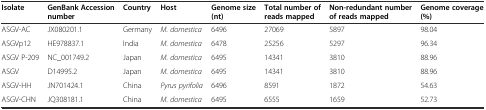
<table><thead><tr><td><b>Isolate</b></td><td><b>GenBank Accession number</b></td><td><b>Country</b></td><td><b>Host</b></td><td><b>Genome size (nt)</b></td><td><b>Total number of reads mapped</b></td><td><b>Non-redundant number of reads mapped</b></td><td><b>Genome coverage (%)</b></td></tr></thead><tbody><tr><td>ASGV-AC</td><td>JX080201.1</td><td>Germany</td><td><i>M. domestica</i></td><td>6496</td><td>27069</td><td>5897</td><td>98.04</td></tr><tr><td>ASGVp12</td><td>HE978837.1</td><td>India</td><td><i>M. domestica</i></td><td>6478</td><td>25256</td><td>5297</td><td>96.34</td></tr><tr><td>ASGV P-209</td><td>NC_001749.2</td><td>Japan</td><td><i>M. domestica</i></td><td>6495</td><td>14341</td><td>3810</td><td>88.96</td></tr><tr><td>ASGV</td><td>D14995.2</td><td>Japan</td><td><i>M. domestica</i></td><td>6495</td><td>14341</td><td>3810</td><td>88.96</td></tr><tr><td>ASGV-HH</td><td>JN701424.1</td><td>China</td><td><i>Pyrus pyrifolia</i></td><td>6496</td><td>8591</td><td>1872</td><td>54.63</td></tr><tr><td>ASGV-CHN</td><td>JQ308181.1</td><td>China</td><td><i>M. domestica</i></td><td>6495</td><td>6555</td><td>1659</td><td>52.73</td></tr></tbody></table>